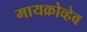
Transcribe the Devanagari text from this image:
मायक्रोव्हेव